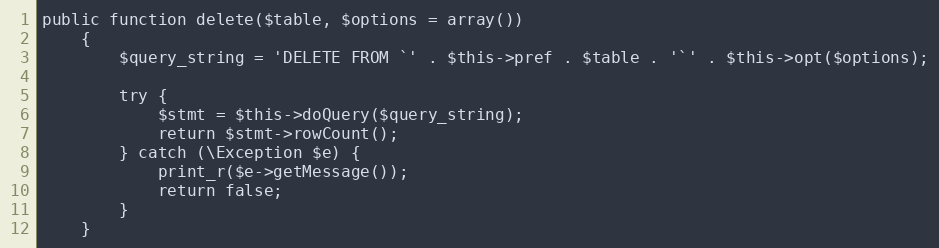
Language: PHP
public function delete($table, $options = array())
    {
        $query_string = 'DELETE FROM `' . $this->pref . $table . '`' . $this->opt($options);

        try {
            $stmt = $this->doQuery($query_string);
            return $stmt->rowCount();
        } catch (\Exception $e) {
            print_r($e->getMessage());
            return false;
        }
    }